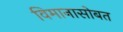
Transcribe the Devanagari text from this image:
विमानासोबत